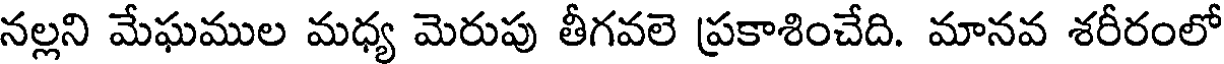
నల్లని మేఘముల మధ్య మెరుపు తీగవలె ప్రకాశించేది. మానవ శరీరంలో